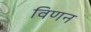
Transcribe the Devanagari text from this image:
विणन